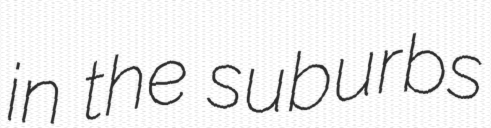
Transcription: in the suburbs